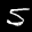
Label: 5